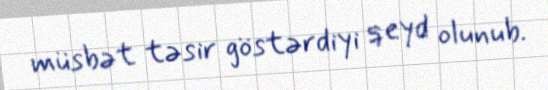
müsbət təsir göstərdiyi qeyd olunub.